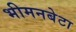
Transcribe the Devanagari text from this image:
भीमनबेटा